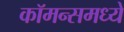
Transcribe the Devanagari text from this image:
कॉमन्समध्ये